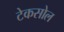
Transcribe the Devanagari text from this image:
टेकसोल